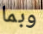
وبما